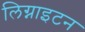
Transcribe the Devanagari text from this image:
लिग्नाइटन